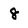
Character: 8